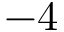
- 4